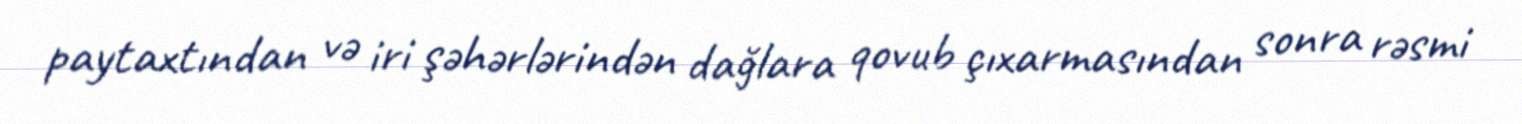
paytaxtından və iri şəhərlərindən dağlara qovub çıxarmasından sonra rəsmi